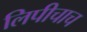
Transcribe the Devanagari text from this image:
लिपीचाच